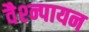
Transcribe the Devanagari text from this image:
वैश्न्पायन